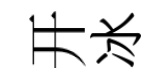
开冰